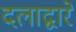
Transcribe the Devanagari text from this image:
दलाद्वारे